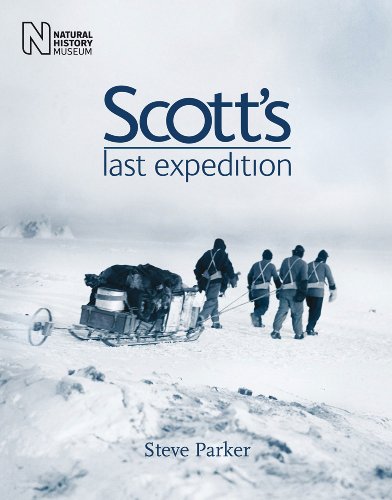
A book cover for Scott's Last Expedition; Steve Parker; Travel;